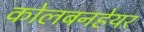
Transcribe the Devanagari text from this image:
कोलबनहेयर